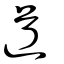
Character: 衟